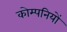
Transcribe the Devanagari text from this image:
कोम्पनियों